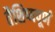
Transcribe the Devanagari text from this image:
वैशिष्यपूर्ण